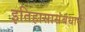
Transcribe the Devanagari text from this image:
इतिहासासंबंधानें